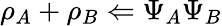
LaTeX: \rho_{A}+\rho_{B}\Leftarrow\Psi_{A}\Psi_{B}